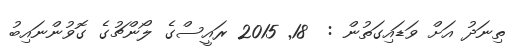
ތިނަދު އަށް ވަޑައިގަތުން :  18